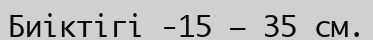
Биіктігі -15 – 35 см.